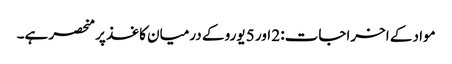
مواد کے اخراجات: 2 اور 5 یورو کے درمیان کاغذ پر منحصر ہے۔